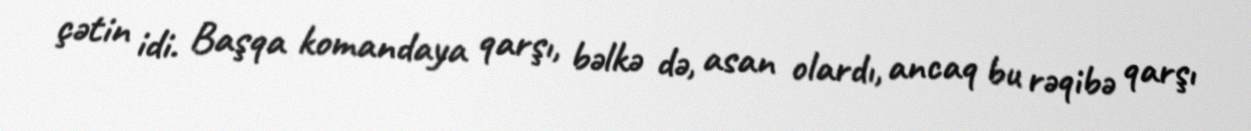
çətin idi. Başqa komandaya qarşı, bəlkə də, asan olardı, ancaq bu rəqibə qarşı